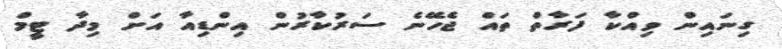
ގިނައިން ވިއްކާ ފަރާތް ތައް ޖެހޭނެ ސަރުކާރުން އިންޑިއާ އަށް މިދާ ޓީމް